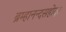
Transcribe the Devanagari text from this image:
ब्रम्हानन्दसहोदर